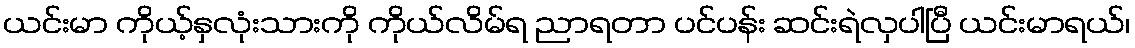
ယင်းမာ ကိုယ့်နှလုံးသားကို ကိုယ်လိမ်ရ ညာရတာ ပင်ပန်း ဆင်းရဲလှပါပြီ ယင်းမာရယ်၊